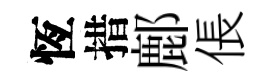
恆措鄜倀